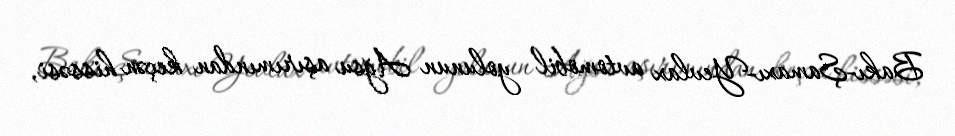
Bakı-Şamaxı-Yevlax avtomobil yolunun Ağsu aşırımından keçən hissəsi,